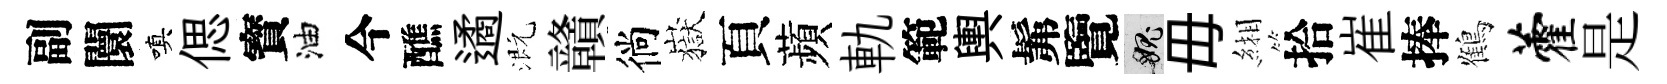
副闤嗔偲寳油今醮遹溉贛徜嶽頁蘋軌範輿髴覽愧毋緗拾崔捧鶴藿是